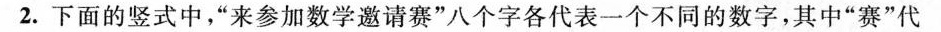
2.下面的竖式中，”来参加数学邀请赛”八个字各代表一个不同的数字，其中”赛”代